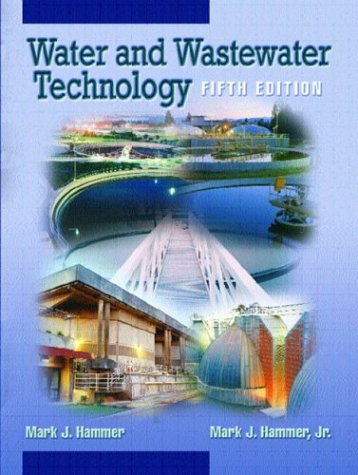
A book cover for Water and Wastewater Technology (5th Edition); Mark J. Hammer; Science & Math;